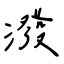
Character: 潑